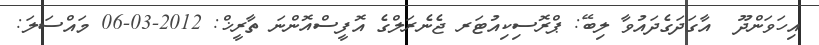
އިހަވަންދޫ  އާގަދަގެދައުވާ ލިބޭ: ޕްރޮސިކިއުޓަރ ޖެނެރަލްގެ އޮފީސްއޮންނަ ތާރީޚް: 2012-03-06 މައްސަލަ: